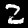
Label: 2